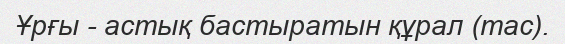
Ұрғы - астық бастыратын құрал (тас).